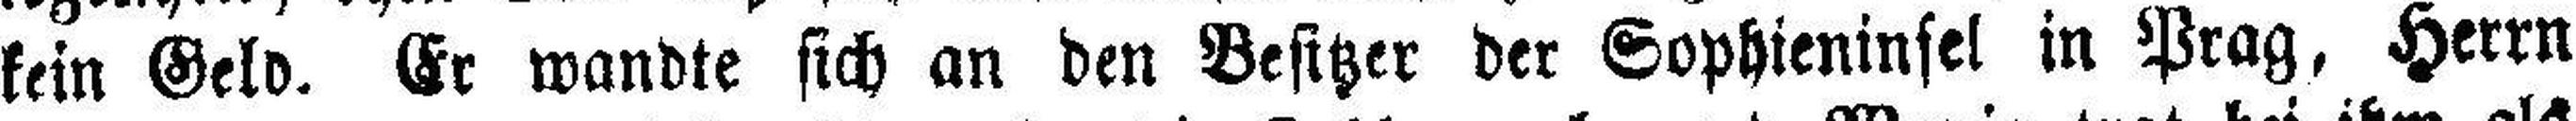
kein Geld. Er wandte sich an den Besitzer der Sophieninsel in Prag, Herrn